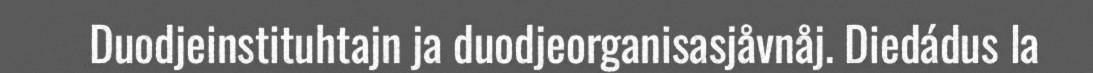
Duodjeinstituhtajn ja duodjeorganisasjåvnåj. Diedádus la